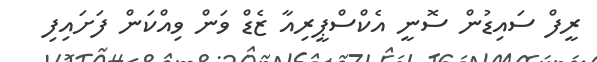
ރީފް ސައިޑުން ސޮނީ އެކްސްޕީރިއާ ޒެޑް ވަން ވިއްކަން ފަށައިފި